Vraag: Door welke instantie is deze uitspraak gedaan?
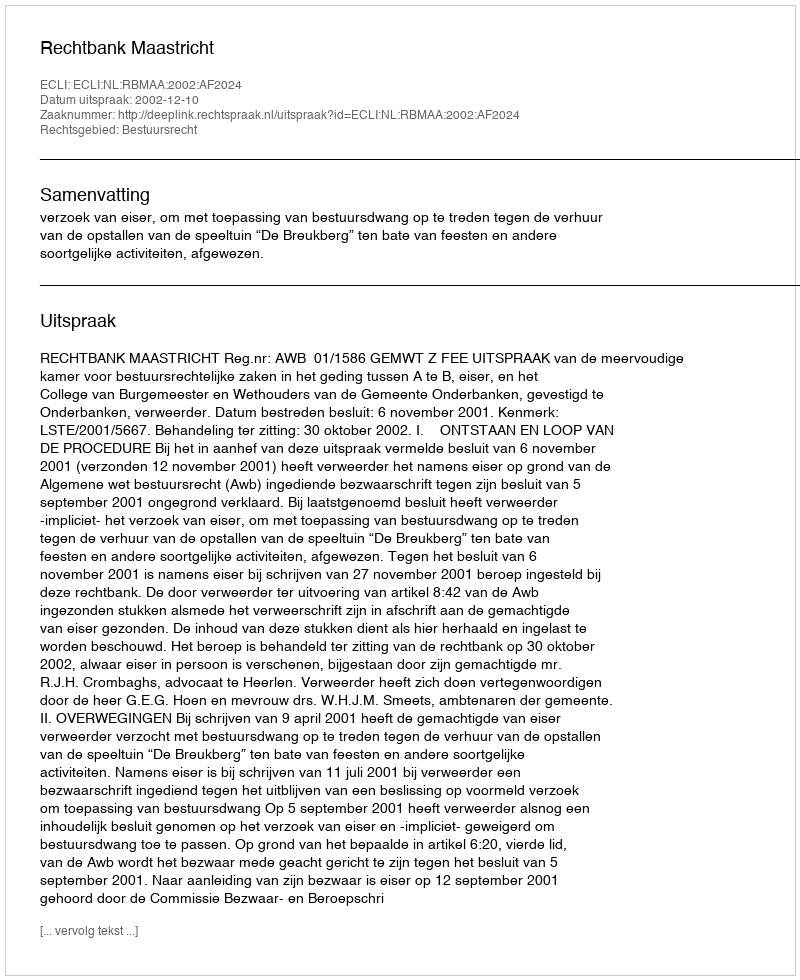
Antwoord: Rechtbank Maastricht